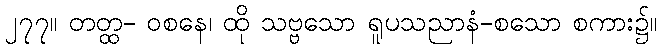
၂၇၇။ တတ္ထ- ဝစနေ၊ ထို သဗ္ဗသော ရူပသညာနံ-စသော စကား၌။